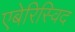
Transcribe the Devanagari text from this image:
एबेरिस्विद